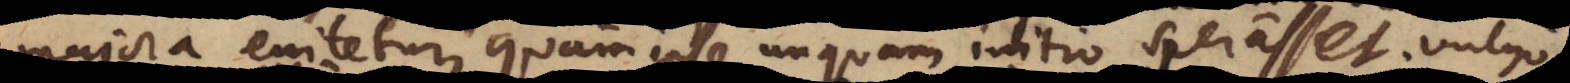
majora enitetur, quam ipse unquam initio sperasset. Vulgo